Rules regarding the measures to be adopted on the outbreak of cholera or appearance of small-pox
Disease focus: Cholera
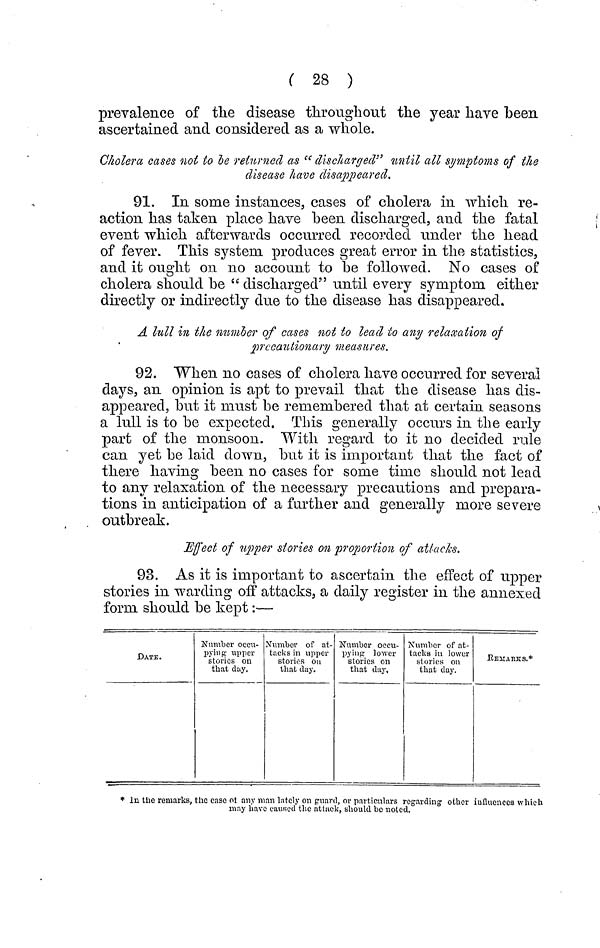
( 28 )
prevalence of the disease throughout the year have been
ascertained and considered as a whole.
Cholera cases not to be returned as "discharged" until all symptoms of the
disease have disappeared.
91. In some instances, cases of cholera in which re-
action has taken place have been discharged, and the fatal
event which afterwards occurred recorded under the head
of fever. This system produces great error in the statistics,
and it ought on no account to be followed. No cases of
cholera should be " discharged" until every symptom either
directly or indirectly due to the disease has disappeared.
A lull in the number of cases not to lead to any relaxation of
precautionary measures.
92. When no cases of cholera have occurred for several
days, an opinion is apt to prevail that the disease has dis-
appeared, but it must be remembered that at certain seasons
a lull is to be expected. This generally occurs in the early
part of the monsoon. With regard to it no decided rule
can yet be laid down, but it is important that the fact of
there having been no cases for some time should not lead
to any relaxation of the necessary precautions and prepara-
tions in anticipation of a further and generally more severe
outbreak.
Effect of upper stories on proportion of attacks.
93. As it is important to ascertain the effect of upper
stories in warding off attacks, a daily register in the annexed
form should be kept :—
DATE.
Number occu-
pying upper
stories on
that day.
Number of at-
tacks in upper
stories ou
that day.
Number occu-
pying lower
stories on
that day.
Number of at-
tacks in lower
stories on
that day.
REMARKS.*
* In the remarks, the case of any man lately on guard, or particulars regarding other influences which
may have caused the attack, should be rioted.